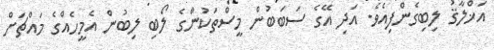
އަޚްލާޤު ލިބިގެންފިއެވެ. އަދި އޭގެ ސަބަބުން މީސްތަކުންގެ ލޯބި ލިބުން އެމީހެއްގެ މައްޗަށް